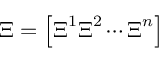
\boldsymbol \Xi = \left[ \boldsymbol \Xi ^ { 1 } \boldsymbol \Xi ^ { 2 } \cdots \boldsymbol \Xi ^ { n } \right]